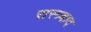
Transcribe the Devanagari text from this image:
रास्त्र्वाद